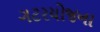
ગટરયોજના